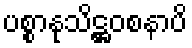
ပစ္စာနုသိဋ္ဌဝစနာပိ